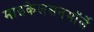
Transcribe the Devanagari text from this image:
माइकेलसनमॉर्ले